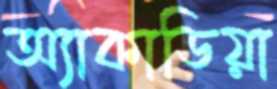
অ্যাকাডিয়া